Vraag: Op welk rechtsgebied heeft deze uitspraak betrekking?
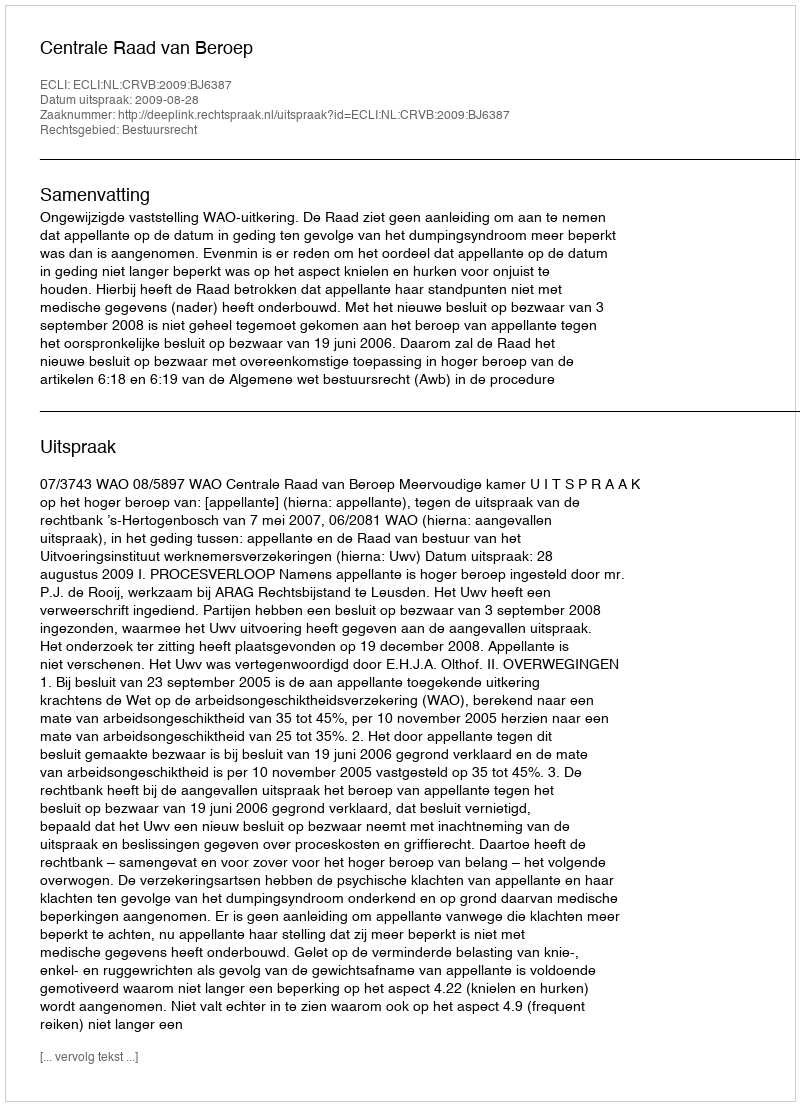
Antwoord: Bestuursrecht